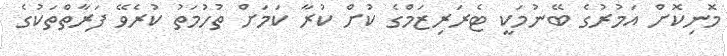
މޮނިކޮށް އަމުރުގެ ބޭނުމަކީ ޓެރަރިޒަމްގެ ކުށް ކުރާ ކަމަށް ތުހުމަތު ކުރެވޭ ފަރާތްތަކުގެ